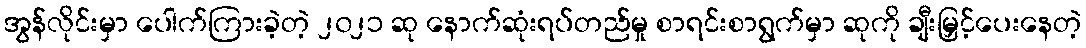
အွန်လိုင်းမှာ ပေါက်ကြားခဲ့တဲ့ ၂၀၂၁ ဆု နောက်ဆုံးရပ်တည်မှု စာရင်းစာရွက်မှာ ဆုကို ချီးမြှင့်ပေးနေတဲ့